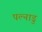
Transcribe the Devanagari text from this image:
पल्नाडु